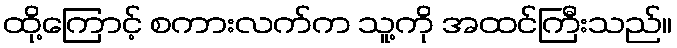
ထို့ကြောင့် စကားလက်က သူ့ကို အထင်ကြီးသည်။